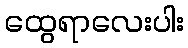
ထွေရာလေးပါး